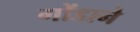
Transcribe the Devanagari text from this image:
गोंडाने